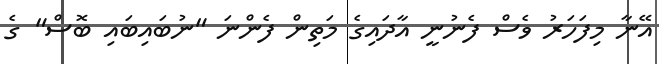
އޭނާ މިފަހަރު ވެސް ފެނުނީ އާދައިގެ މަތިން ފެންނަ "ނުބައިބައި ބޮސް" ގެ